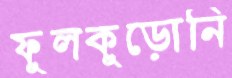
ফুলকুড়োনি